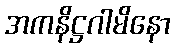
အကနိဋ္ဌဂါမိနော